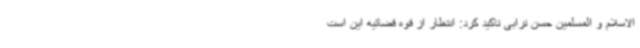
الاسلام و المسلمین حسن ترابی تاکید کرد: انتظار از قوه قضائیه این است